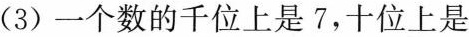
(3)一个数的千位上是7，十位上是